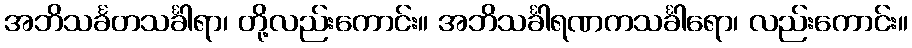
အဘိသင်္ခတသင်္ခါရာ၊ တို့လည်းကောင်း။ အဘိသင်္ခါရဏကသင်္ခါရော၊ လည်းကောင်း။